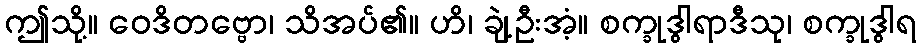
ဤသို့။ ဝေဒိတဗ္ဗော၊ သိအပ်၏။ ဟိ၊ ချဲ့ဦးအံ့။ စက္ခုဒွါရာဒီသု၊ စက္ခုဒွါရ